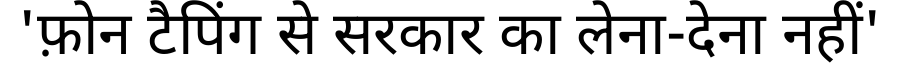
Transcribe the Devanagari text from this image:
'फ़ोन टैपिंग से सरकार का लेना-देना नहीं'